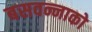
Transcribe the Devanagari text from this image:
बसवन्नाको